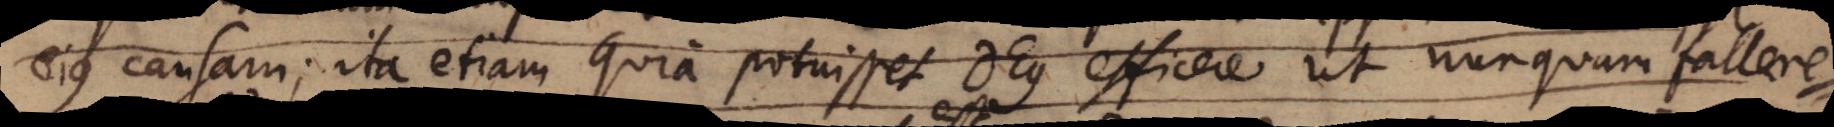
ejus causam; ita etiam quia potuisset Deus efficere ut nunquam fallere